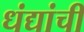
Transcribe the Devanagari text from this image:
धंद्यांची